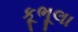
કૂભૂલા